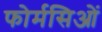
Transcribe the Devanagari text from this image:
फोर्मसिओं